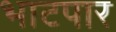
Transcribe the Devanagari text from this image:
भाटपार